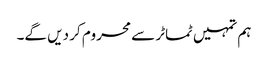
ہم تمہیں ٹماٹر سے محروم کر دیں گے۔